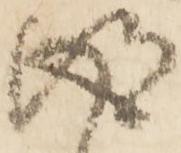
得